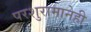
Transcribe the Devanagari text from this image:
परशुरामानेही